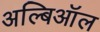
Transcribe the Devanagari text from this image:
अल्बिऑल